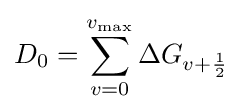
D_{0}=\sum _{v=0}^{v_{\rm {max}}}\Delta G_{v+{\frac {1}{2}}}